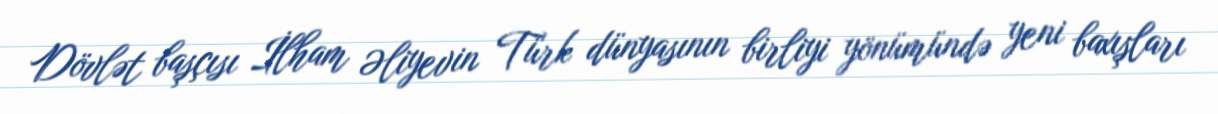
Dövlət başçısı İlham Əliyevin Türk dünyasının birliyi yönümündə yeni baxışları